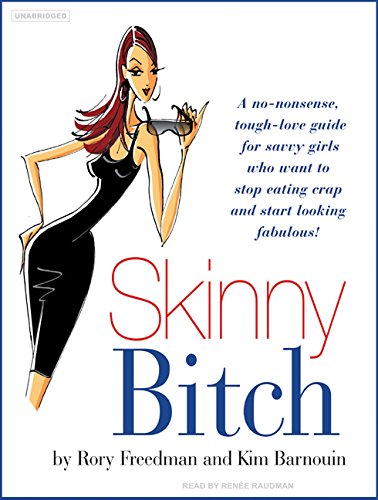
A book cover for Skinny Bitch: A No-Nonsense, Tough-Love Guide for Savvy Girls Who Want to Stop Eating Crap and Start Looking Fabulous!; Kim Barnouin; Health, Fitness & Dieting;